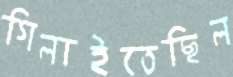
গিলাইতেছিল